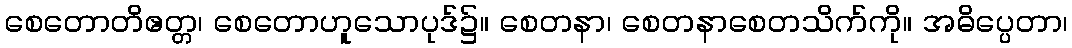
စေတောတိဧတ္တ၊ စေတောဟူသောပုဒ်၌။ စေတနာ၊ စေတနာစေတသိက်ကို။ အဓိပ္ပေတာ၊